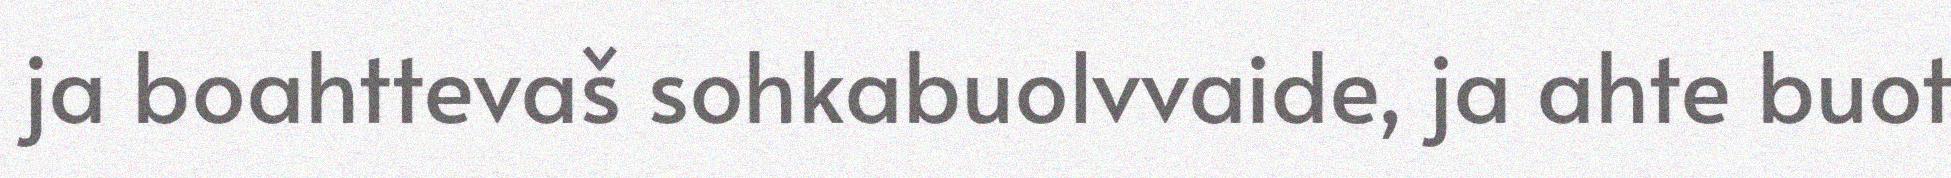
ja boahttevaš sohkabuolvvaide, ja ahte buot